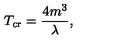
T _ { \mathrm { c r } } = \frac { 4 m ^ { 3 } } { \lambda } ,